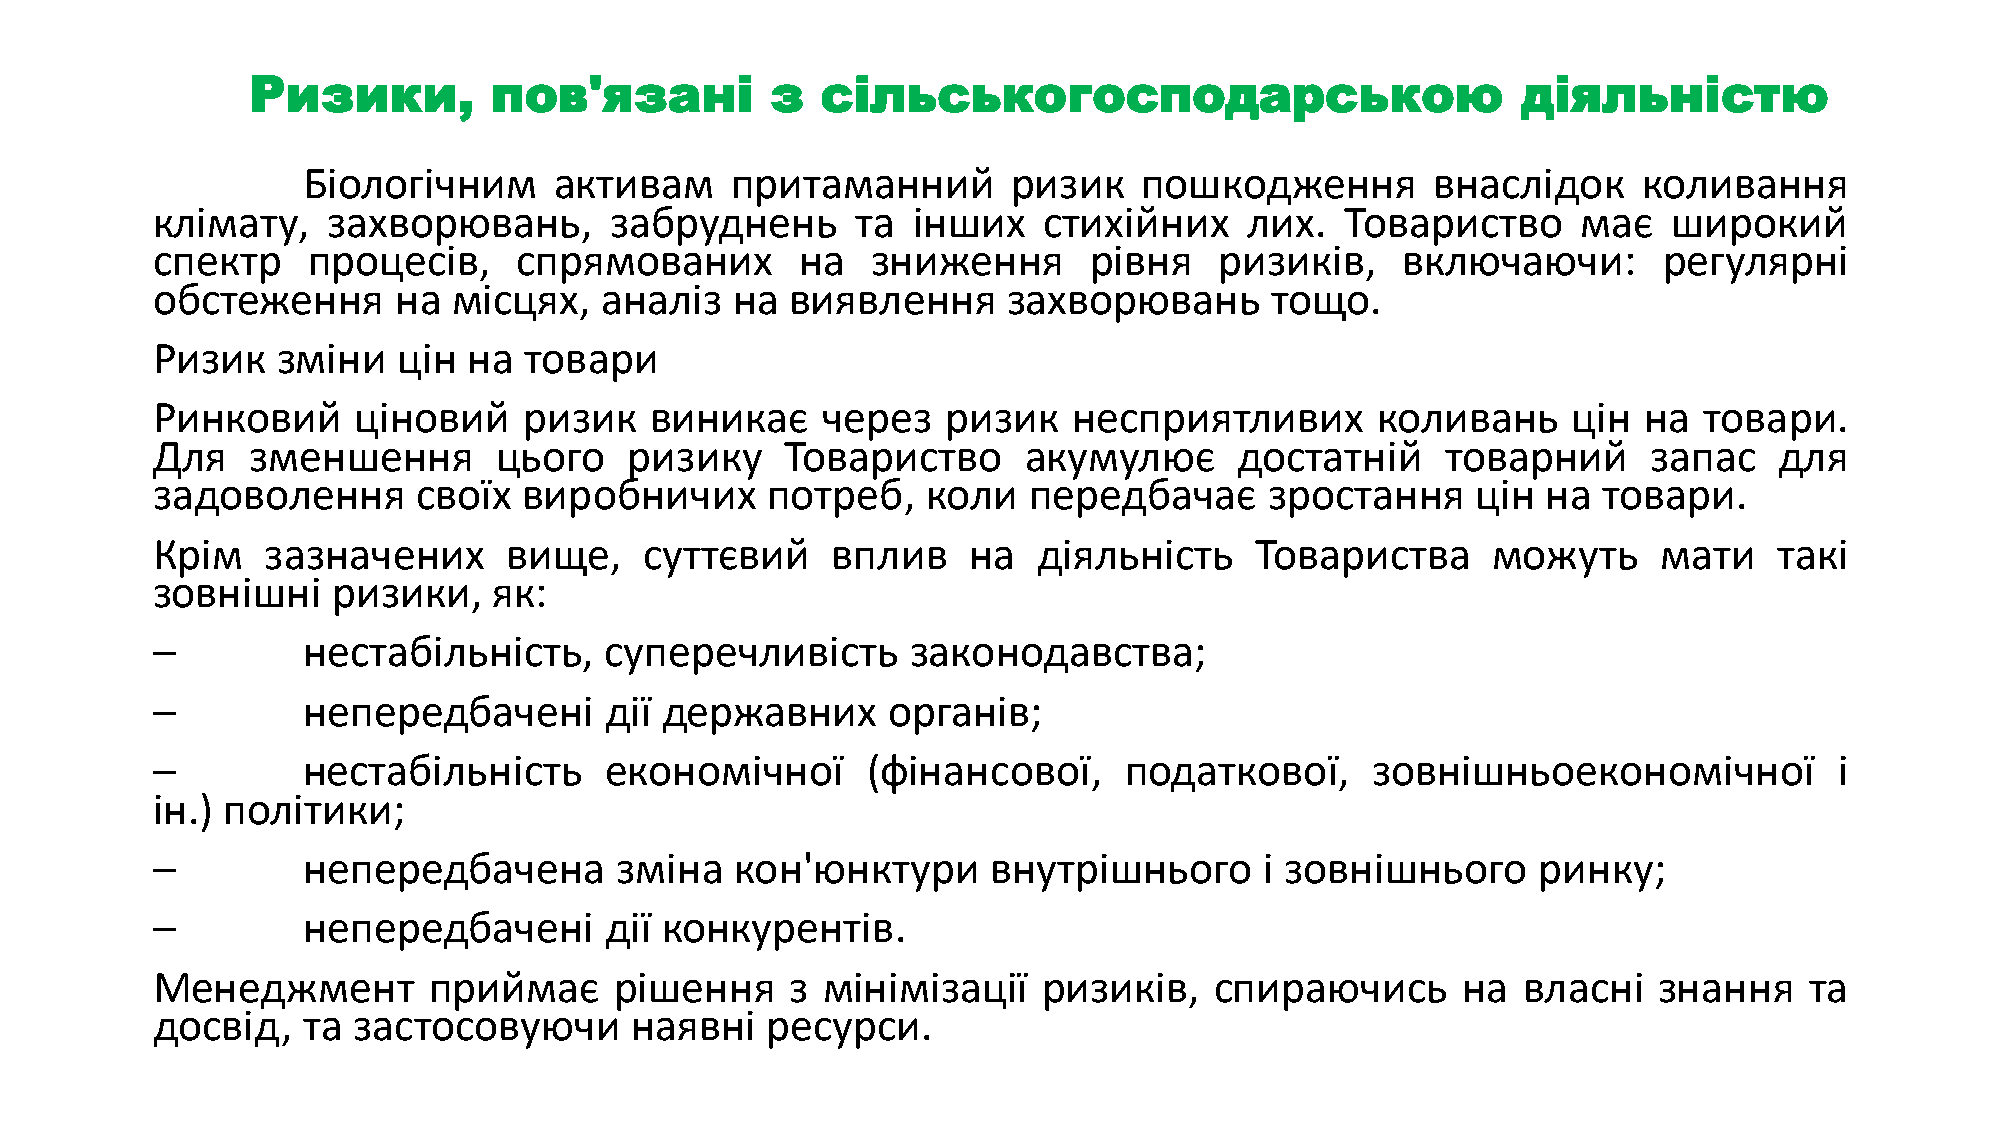
Ризики,          пов'язані         з  сільськогосподарською                          діяльністю
 Біологічним      активам    притаманний        ризик    пошкодження        внаслідок     коливання
 клімату,    захворювань,      забруднень       та інших    стихійних     лих.  Товариство      має   широкий
 спектр    процесів,     спрямованих        на   зниження      рівня    ризиків,    включаючи:       регулярні
 обстеження      на  місцях,   аналіз  на  виявлення      захворювань      тощо.
 Ризик   зміни   цін  на  товари
 Ринковий     ціновий     ризик   виникає    через    ризик   несприятливих       коливань     цін  на  товари.
 Для   зменшення        цього    ризику    Товариство      акумулює      достатній     товарний     запас    для
 задоволення       своїх  виробничих      потреб,   коли   передбачає      зростання     цін на  товари.
 Крім   зазначених       вище,    суттєвий    вплив    на   діяльність    Товариства      можуть     мати    такі
 зовнішні    ризики,    як:
 –         нестабільність,     суперечливість      законодавства;
 –         непередбачені       дії державних      органів;
 –         нестабільність      економічної      (фінансової,     податкової,      зовнішньоекономічної           і
 ін.) політики;
 –         непередбачена        зміна   кон'юнктури      внутрішнього      і зовнішнього     ринку;
 –         непередбачені       дії конкурентів.
 Менеджмент        приймає      рішення    з мінімізації    ризиків,   спираючись       на  власні   знання    та
 досвід,   та застосовуючи       наявні   ресурси.